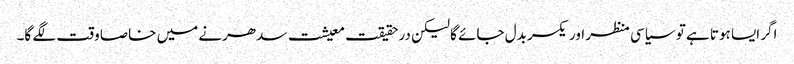
اگر ایسا ہوتا ہے تو سیاسی منظر اور یکسر بدل جائے گا لیکن درحقیقت معیشت سدھرنے میں خاصا وقت لگے گا۔